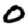
Digit: 0